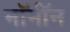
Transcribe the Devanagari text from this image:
मॉर्मॉन